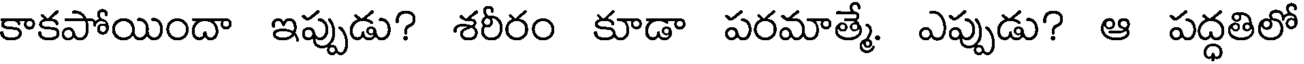
కాకపోయిందా ఇప్పుడు? శరీరం కూడా పరమాత్మే. ఎప్పుడు? ఆ పద్ధతిలో